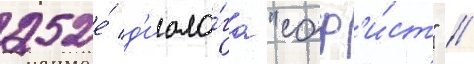
252е́ д'иало́га "соф'и́ст" //